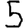
Digit: 5